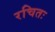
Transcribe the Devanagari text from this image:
रचितः